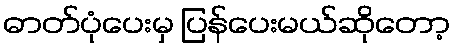
ဓာတ်ပုံပေးမှ ပြန်ပေးမယ်ဆိုတော့